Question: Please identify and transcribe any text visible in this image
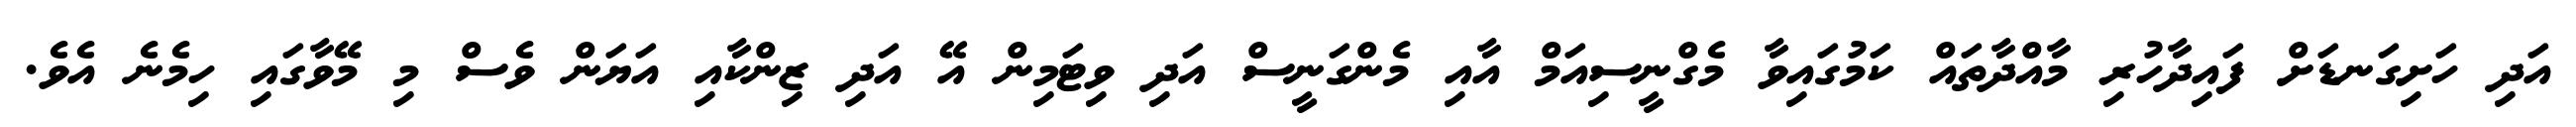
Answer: އަދި ހަށިގަނޑަށް ފައިދާހުރި މާއްދާތައް ކަމުގައިވާ މެގްނީސިއަމް އާއި މެންގަނީސް އަދި ވިޓަމިން އޭ އަދި ޒިންކާއި އަޔަން ވެސް މި މޭވާގައި ހިމެނެ އެވެ.